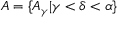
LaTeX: A = \{ A _ { \gamma } | \gamma < \delta < \alpha \}